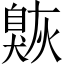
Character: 𦤠